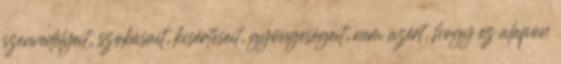
szenvedélyeit, szokásait, kisértéseit, gyöngeségeit, nem azért, hogy ez alapon